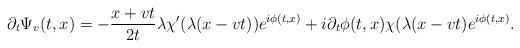
LaTeX: \begin{align*}\partial_t \Psi _v (t,x)= -\frac{x+vt}{2t} \lambda \chi' ( \lambda (x-vt)) e^{i\phi (t,x)} + i \partial_t \phi (t,x) \chi ( \lambda (x-vt) e^{i\phi (t,x)}.\end{align*}